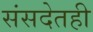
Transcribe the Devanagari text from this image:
संसदेतही